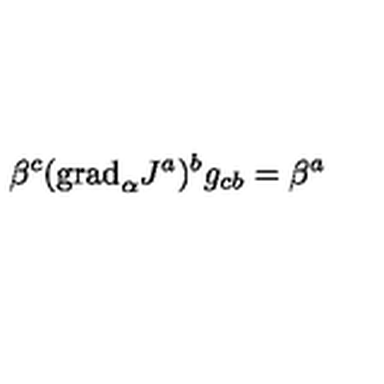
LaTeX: \beta ^ { c } ( \mathrm { g r a d } _ { \alpha } J ^ { a } ) ^ { b } g _ { c b } = \beta ^ { a }